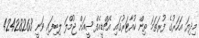
މިދިޔަ އަހަރުގެ ފުރަތަމަ ތިން ކުއާޓަރުގައި އެޗްޑީއެފްސީއަށް ޖުމްލަ ލިބިފައި ވަނީ 42428263